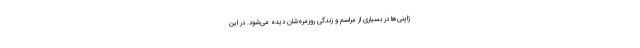
ژاپنی‌ها در بسیاری از مراسم و زندگی روزمره‌شان دیده می‌شود. در این